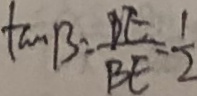
\tan B = \frac { D E } { B E } = \frac { 1 } { 2 }